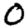
Digit: 0